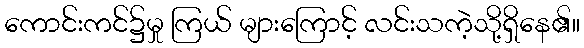
ကောင်းကင်၌မှု ကြယ် များကြောင့် လင်းသကဲ့သို့ရှိနေ၏။